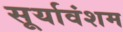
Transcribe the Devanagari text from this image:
सूर्यावंशम